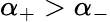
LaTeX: \alpha_{+}>\alpha_{-}